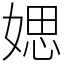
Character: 媤